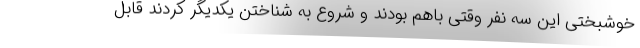
خوشبختی این سه نفر وقتی باهم بودند و شروع به شناختن یکدیگر کردند قابل